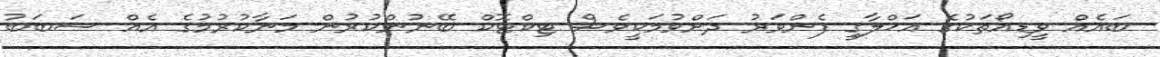
ބައެއް ވީޑިއޯތަކުގެ އަޚްލާގީ ފެންވަރު ދަށްވުމަކީވެސް ޓިކްޓޮކް ބޭނުންކުރުން މަނާކުރުމުގެ އެއް ސަބަބު